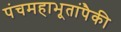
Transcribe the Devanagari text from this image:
पंचमहाभूतांपैकी